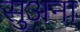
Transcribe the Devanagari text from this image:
सुअना